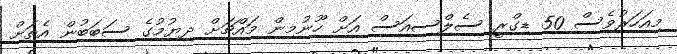
މިއަހަރުވެސް 50 ޑިގްރީ ސެލްސިއަސް އަށް ހޫނުމިން މައްޗަށް ދިޔުމުގެ ސަބަބުން އެތަށް